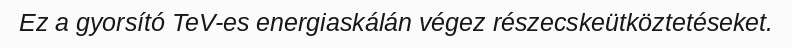
Ez a gyorsító TeV-es energiaskálán végez részecskeütköztetéseket.